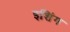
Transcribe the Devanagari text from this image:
इशिंग